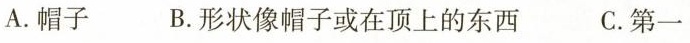
A.帽子 B.形状像帽子或在顶上的东西 C.第一